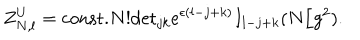
LaTeX: Z _ { N , l } ^ { U } = \mathrm { c o n s t . } N ! \mathrm { d e t } _ { j k } e ^ { \epsilon ( l - j + k ) } I _ { l - j + k } ( N / g ^ { 2 } ) .